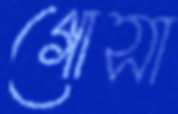
গোসা